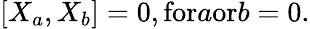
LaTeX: [X_{a},X_{b}]=0,{\textnormal{for}}a{\textnormal{or}}b=0.